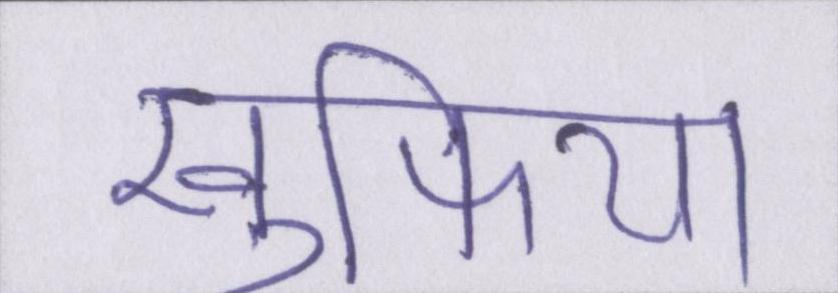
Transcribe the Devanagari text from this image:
खुफिया